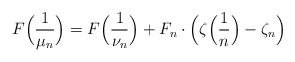
\begin{align*} F\Big(\frac{1}{\mu_n}\Big)= F\Big(\frac{1}{\nu_n}\Big)+ F_n\cdot\Big(\zeta\Big(\frac{1}{n}\Big)-\zeta_n\Big)\end{align*}